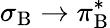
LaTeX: \sigma_{\mathrm{B}}\rightarrow\pi_{\mathrm{B}}^{*}